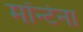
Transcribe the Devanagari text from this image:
मॉर्न्टना